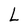
Character: L